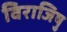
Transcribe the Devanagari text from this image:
विराजिषु